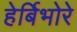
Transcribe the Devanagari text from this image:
हेर्बिभोरे